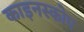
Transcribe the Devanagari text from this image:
काइनस्कोप